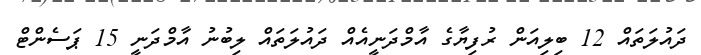
ދައުލަތައް 12 ބިލިއަން ރުފިޔާގެ އާމްދަނީއެއް ދައުލަތައް ލިބުނު އާމްދަނީ 15 ޕަސެންޓް